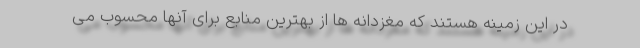
در این زمینه هستند که مغزدانه ها از بهترین منابع برای آنها محسوب می